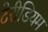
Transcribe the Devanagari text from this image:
टेरीडियम